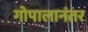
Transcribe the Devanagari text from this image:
गोपालानंतर